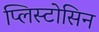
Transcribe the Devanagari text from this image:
प्लिस्टोसिन